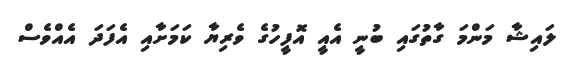
ލައިޝާ މަންމަ ގާތުގައި ބުނީ އެއީ އޮފީހުގެ ވެރިޔާ ކަމަށާއި އެފަދަ އެއްވެސް